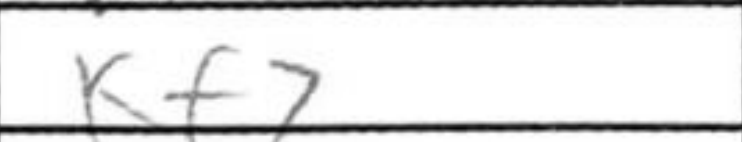
Transcription: Kf7